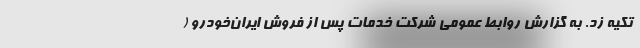
تکیه زد. به گزارش روابط عمومی شرکت خدمات پس از فروش ایران‌خودرو (